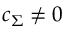
c _ { \Sigma } \neq 0